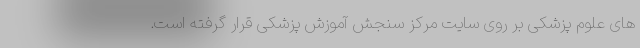
های علوم پزشکی بر روی سایت مرکز سنجش آموزش پزشکی قرار گرفته است.